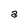
Character: a